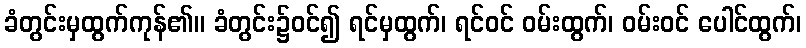
ခံတွင်းမှထွက်ကုန်၏။ ခံတွင်း၌ဝင်၍ ရင်မှထွက်၊ ရင်ဝင် ဝမ်းထွက်၊ ဝမ်းဝင် ပေါင်ထွက်၊